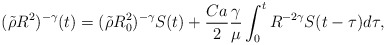
\begin{align*}(\tilde{\rho}R^2)^{-\gamma}(t)=(\tilde{\rho}R_0^2)^{-\gamma}S(t)+\frac{Ca}{2}\frac{\gamma}{\mu}\int_0^tR^{-2\gamma}S(t-\tau)d\tau,\end{align*}